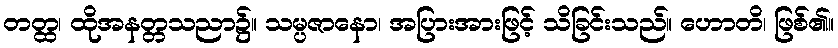
တတ္ထ၊ ထိုအနတ္တသညာ၌။ သမ္ပဇာနော၊ အပြားအားဖြင့် သိခြင်းသည်။ ဟောတိ၊ ဖြစ်၏။